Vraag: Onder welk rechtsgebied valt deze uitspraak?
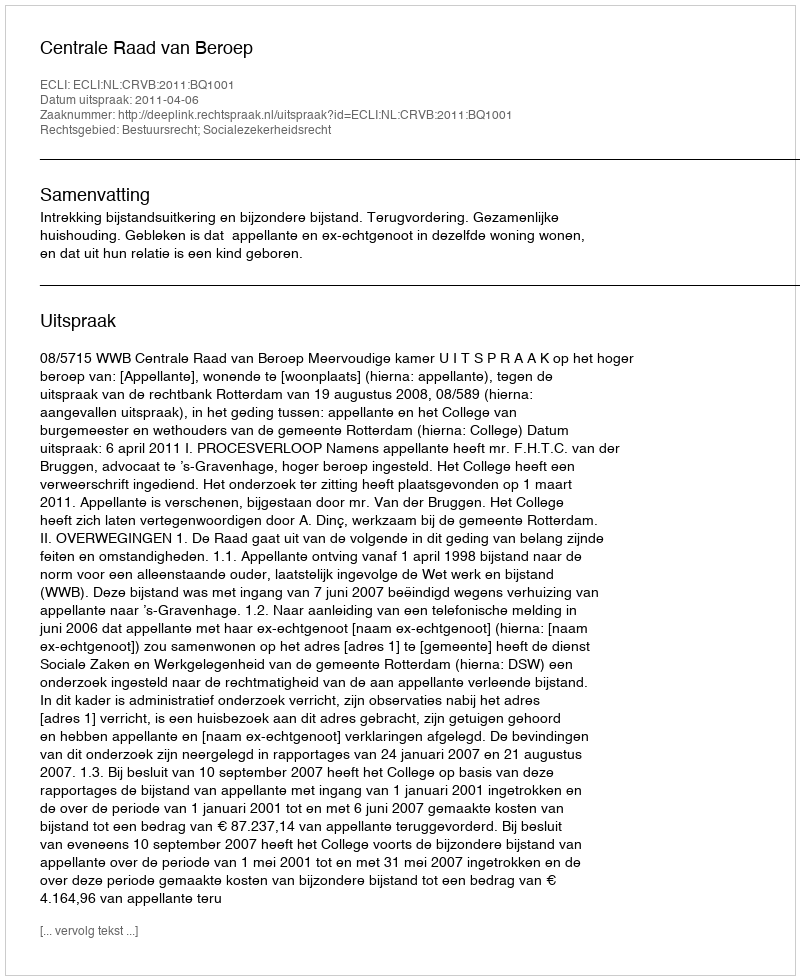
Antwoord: Bestuursrecht; Socialezekerheidsrecht